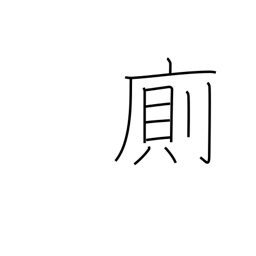
Meaning: mingle with